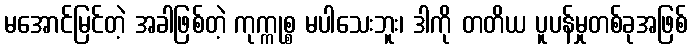
မအောင်မြင်တဲ့ အခါဖြစ်တဲ့ ကုက္ကုစ္စ မပါသေးဘူး၊ ဒါကို တတိယ ပူပန်မှုတစ်ခုအဖြစ်